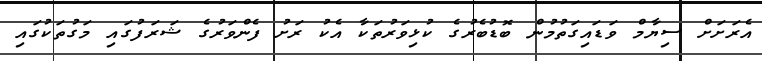
އެރަށަށް ސިޔާމް ވަޑައިގަތުމުން ބޮޑުބެރުގެ ކުޅިވަރުތަކާ އެކު ރަށު ފެންވަރުގެ ޝަރަފުގައި މަގުތަކުގައި